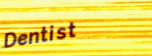
Dentist